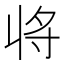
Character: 𭔬